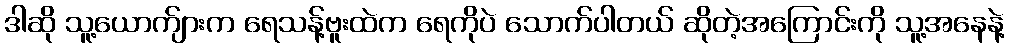
ဒါဆို သူ့ယောက်ျားက ရေသန့်ဗူးထဲက ရေကိုပဲ သောက်ပါတယ် ဆိုတဲ့အကြောင်းကို သူ့အနေနဲ့